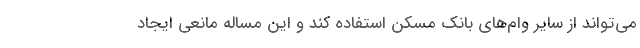
می‌تواند از سایر وام‌های بانک مسکن استفاده کند و این مساله مانعی ایجاد